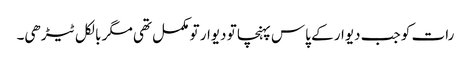
رات کو جب دیوار کے پاس پہنچا تو دیوار تو مکمل تھی مگر بالکل ٹیڑھی۔